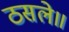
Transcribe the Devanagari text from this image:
ठसले॥